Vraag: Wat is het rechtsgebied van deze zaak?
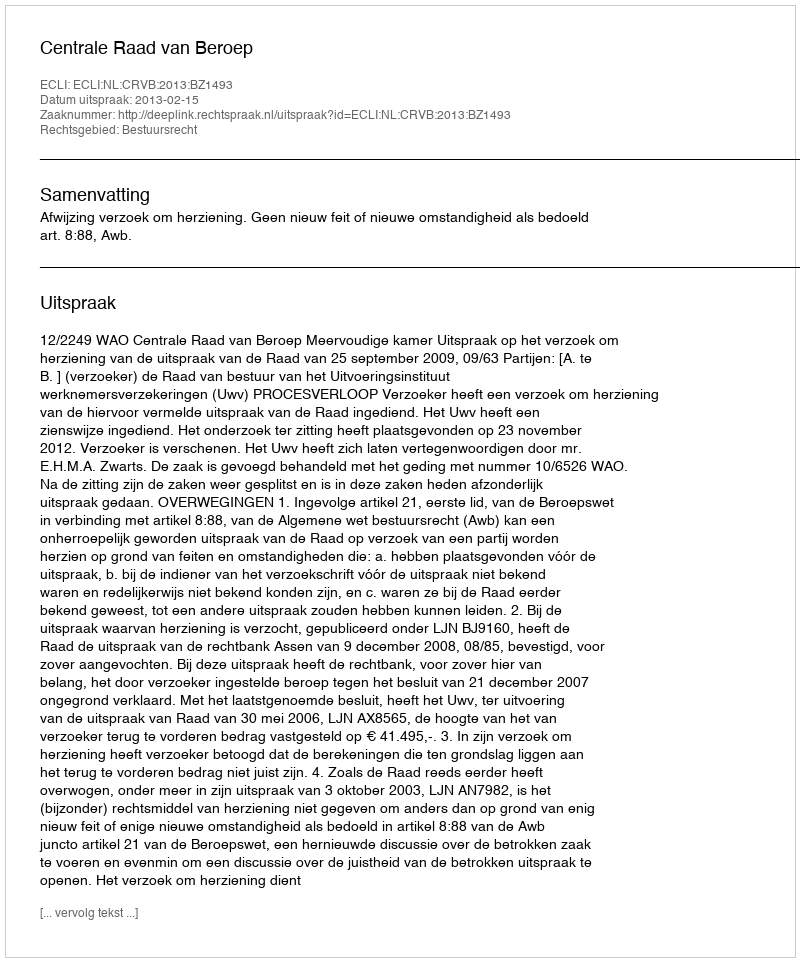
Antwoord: Bestuursrecht